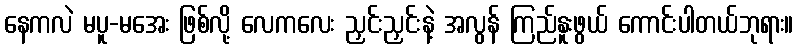
နေကလဲ မပူ-မအေး ဖြစ်လို့ လေကလေး ညှင်းညှင်းနဲ့ အလွန် ကြည်နူးဖွယ် ကောင်းပါတယ်ဘုရား။